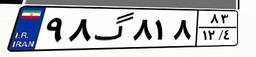
۹۸گ۸۱۸۸۳